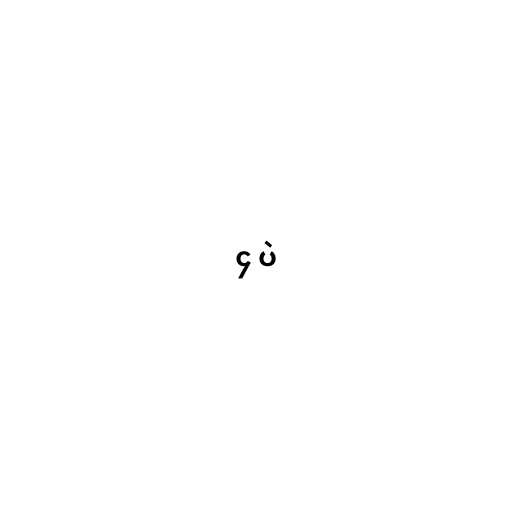
၄ ပဲ